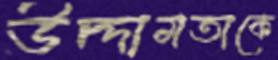
উদ্দামতাকে